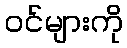
ဝင်များကို